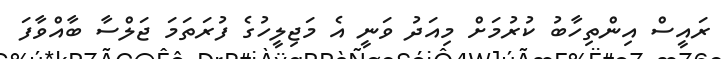
ރައީސް އިންތިހާބު ކުރުމަށް މިއަދު ވަނީ އެ މަޖިލީހުގެ ފުރަތަމަ ޖަލްސާ ބާއްވާފަ